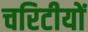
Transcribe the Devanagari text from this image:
चरिटीयों